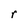
Character: r